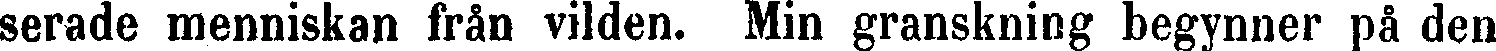
serade menniskan från vilden. Min granskning begynner på den